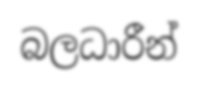
බලධාරීන්